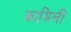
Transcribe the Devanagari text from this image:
कामिली